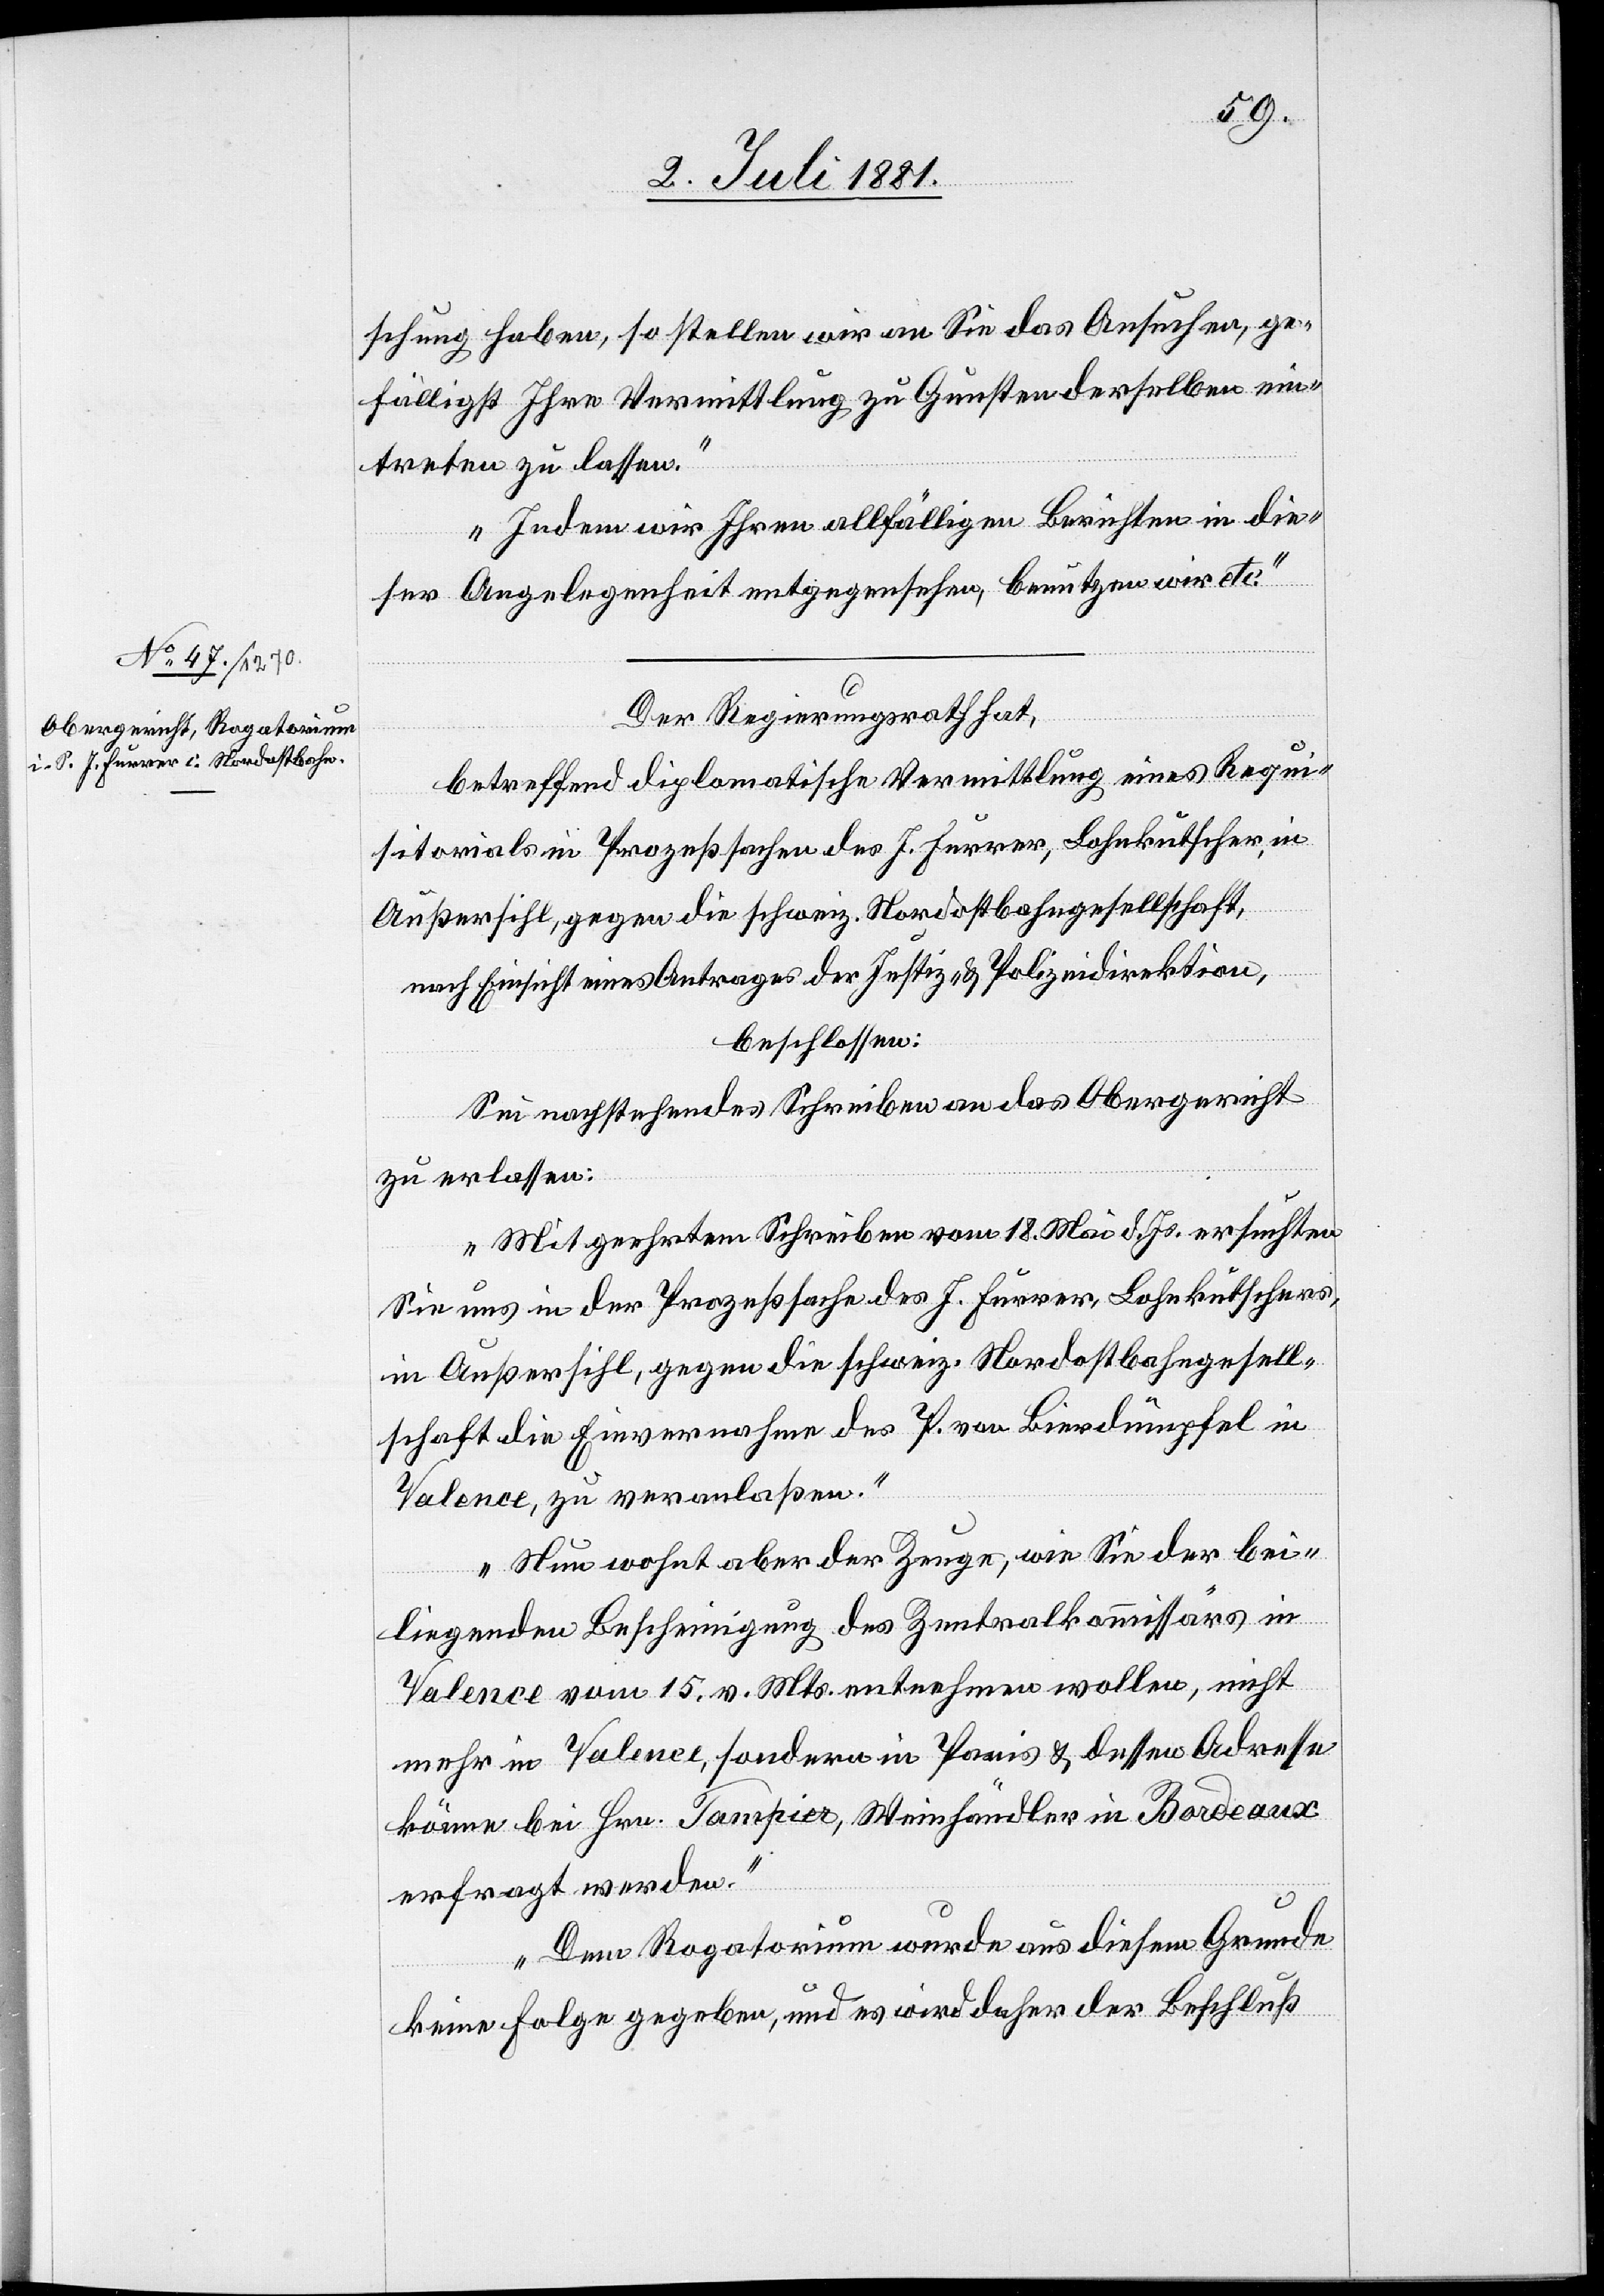
4. Juli 1881.]
schung haben, so stellen wir an Sie das Ansuchen, ge¬
fälligst Ihre Vermittlung zu Gunsten derselben ein¬
treten zu lassen.
Indem wir Ihren allfälligen Berichten in die¬
ser Angelegenheit entgegensehen, benutzen wir etc.“
Der Regierungsrath hat,
betreffend diplomatische Vermittlung eines Requi¬
sitorials in Prozeßsachen des J. Furrer, Lohnkutscher, in
Außersihl, gegen die schweiz. Nordostbahngesellschaft,
nach Einsicht eines Antrages der Justiz- & Polizeidirektion,
beschlossen:
Sei nachstehendes Schreiben an das Obergericht
zu erlassen:
„Mit geehrtem Schreiben vom 18. Mai d. Js. ersuchten
Sie uns in der Prozeßsache des J. Furrer, Lohnkutschers,
in Außersihl, gegen die schweiz. Nordostbahngesell¬
schaft die Einvernahme des P. von Bierdümpfel in
Valence, zu veranlaßen.
Nun wohnt aber der Zeuge, wie Sie der bei¬
liegenden Bescheinigung des Zentralkommissärs in
Valence vom 15. v. Mts. entnehmen wollen, nicht
mehr in Valence, sondern in Paris & dessen Adresse
könne bei Hrn. Tampier, Weinhändler in Bordeaux
erfragt werden.
Dem Rogatorium wurde aus diesem Grunde
keine Folge gegeben, und es wird daher der Beschluß